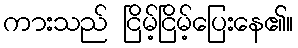
ကားသည် ငြိမ့်ငြိမ့်ပြေးနေ၏။